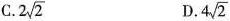
C. 2 \sqrt{2} D. 4 \sqrt{2}